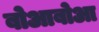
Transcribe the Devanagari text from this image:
बोआबोआ